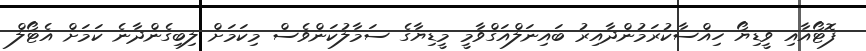
ފޮޓޯއާއި ވީޑިޔޯ ހިއްސާކުރަމުންދާއިރު ބައިނަލްއަގްވާމީ މީޑިޔާގެ ސަމާލުކަންވެސް މިކަމަށް ލިބިގެންދާނެ ކަމަށް އެޓޯލް